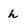
Character: h